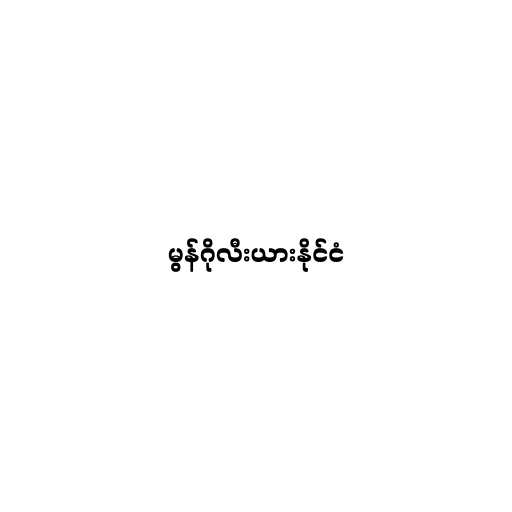
မွန်ဂိုလီးယားနိုင်ငံ